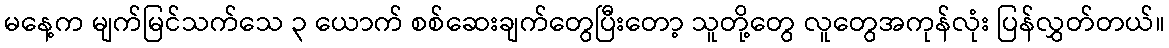
မနေ့က မျက်မြင်သက်သေ ၃ ယောက် စစ်ဆေးချက်တွေပြီးတော့ သူတို့တွေ လူတွေအကုန်လုံး ပြန်လွှတ်တယ်။